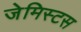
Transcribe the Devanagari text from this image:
जेमिस्टस